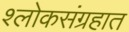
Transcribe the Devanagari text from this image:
श्लोकसंग्रहात